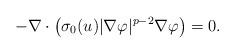
LaTeX: \begin{align*} -\nabla\cdot\big(\sigma_0(u)|\nabla\varphi|^{p-2}\nabla\varphi\big)=0.\end{align*}